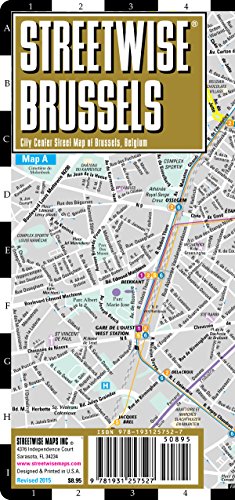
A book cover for Streetwise Brussels Map - Laminated City Center Street Map of Brussels, Belgium (Streetwise (Streetwise Maps)); Streetwise Maps Inc.; Travel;